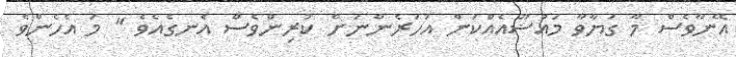
އޭނާވެސް މާ ގަޔާވާ މައުޟޫއެއްކަން އަހަރެންނަށް ކުރިންވެސް އެނގެއެވެ " މަ އެހެންވެ